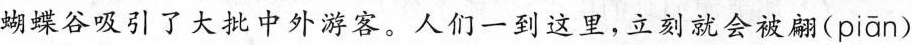
蝴蝶谷吸引了大批中外游客。人们一到这里，立刻就会被翩( piān )